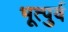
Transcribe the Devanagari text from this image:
भूत्पुर्व